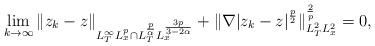
LaTeX: \begin{align*}\lim\limits_{k\rightarrow\infty}\|z_{k}-z\|_{L_{T}^{\infty}L_{x}^{p}\cap L_{T}^{\frac{p}{\alpha}}L_{x}^{\frac{3p}{3-2\alpha}}}+\|\nabla|z_{k}-z|^{\frac{p}{2}}\|^{\frac{2}{p}}_{L^{2}_{T}L^{2}_{x}}=0,\end{align*}